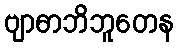
ဗျာဓာဘိဘူတေန